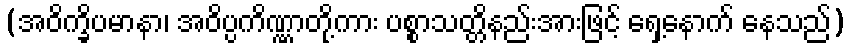
(အဝိက္ခိပမာနာ၊ အဝိပ္ပကိဏ္ဏာတို့ကား ပစ္စာသတ္တိနည်းအားဖြင့် ရှေ့နောက် နေသည်)